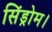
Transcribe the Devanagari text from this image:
सिंड्रोम।